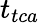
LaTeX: t_{tca}